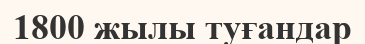
1800 жылы туғандар